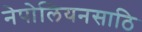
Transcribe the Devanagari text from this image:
नेपोलियनसाठि